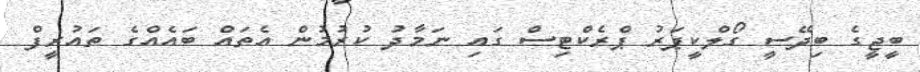
ބީޖީގެ ބިދޭސީ ގޯލްކީޕަރު ޕްރެކްޓިސް ގައި ނަމާދު ކުރުމުން އެތައް ބައެއްގެ ތައުރީފް